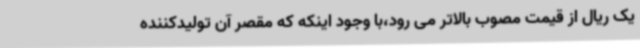
یک ریال از قیمت مصوب بالاتر می رود،با وجود اینکه که مقصر آن تولیدکننده